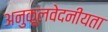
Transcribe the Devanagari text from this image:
अनुकूलवेदनीयता